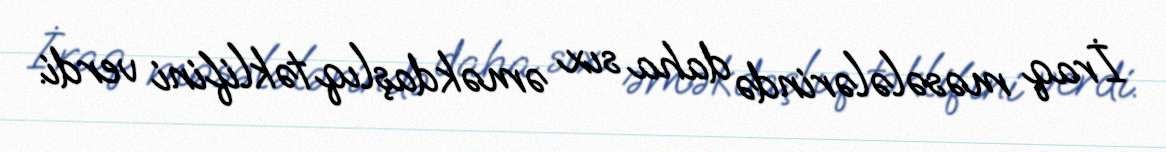
İraq məsələlərində daha sıx əməkdaşlıq təklifini verdi.